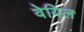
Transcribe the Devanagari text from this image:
वेयिल